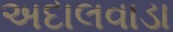
અદાલવાડા